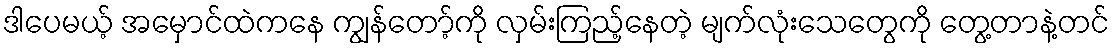
ဒါပေမယ့် အမှောင်ထဲကနေ ကျွန်တော့်ကို လှမ်းကြည့်နေတဲ့ မျက်လုံးသေတွေကို တွေ့တာနဲ့တင်